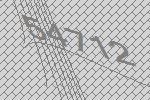
54712